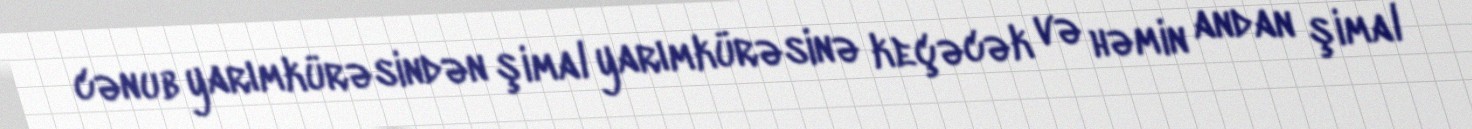
cənub yarımkürəsindən şimal yarımkürəsinə keçəcək və həmin andan şimal